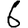
Digit: 6